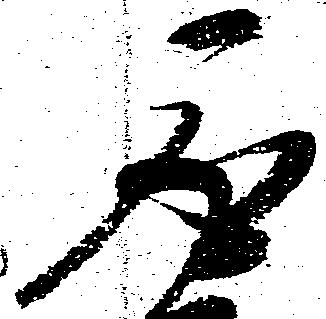
取